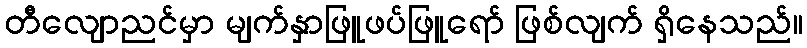
တီလျောညင်မှာ မျက်နှာဖြူဖပ်ဖြူရော် ဖြစ်လျက် ရှိနေသည်။